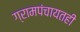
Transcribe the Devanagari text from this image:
ग्रामपंचायतही